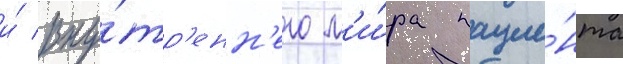
и́ вну́тр'енн'его м'и́ра пацие́нта